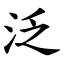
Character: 泛